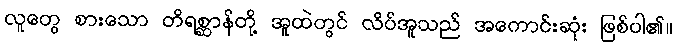
လူတွေ စားသော တိရစ္ဆာန်တို့ အူထဲတွင် လိပ်အူသည် အကောင်းဆုံး ဖြစ်ပါ၏။